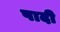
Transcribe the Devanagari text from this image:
पादी